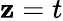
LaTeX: \mathbf{z}=t